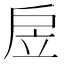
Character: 𢨶